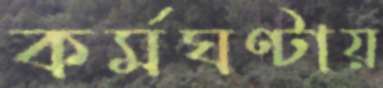
কর্মঘণ্টায়